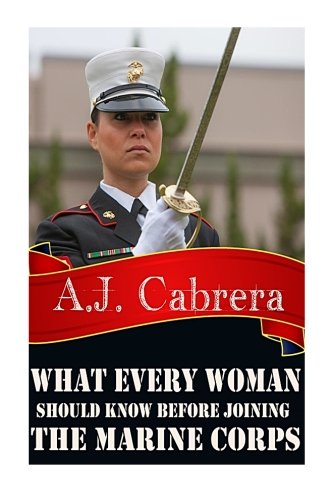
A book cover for What Every Woman Should Know Before Joining the Marine Corps; A J Cabrera; Law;